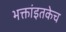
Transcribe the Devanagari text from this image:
भक्तांइतकेच